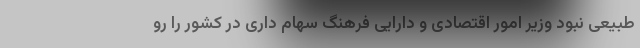
طبیعی نبود وزیر امور اقتصادی و دارایی فرهنگ سهام داری در کشور را رو